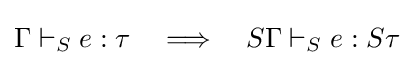
\Gamma \vdash _{S}e:\tau \quad \Longrightarrow \quad S\Gamma \vdash _{S}e:S\tau